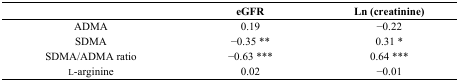
<table><thead><tr><td></td><td><b>eGFR</b></td><td><b>Ln (creatinine)</b></td></tr></thead><tbody><tr><td>ADMA</td><td>0.19</td><td>−0.22</td></tr><tr><td>SDMA</td><td>−0.35 **</td><td>0.31 *</td></tr><tr><td>SDMA/ADMA ratio</td><td>−0.63 ***</td><td>0.64 ***</td></tr><tr><td>l-arginine</td><td>0.02</td><td>−0.01</td></tr></tbody></table>